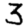
Digit: 3